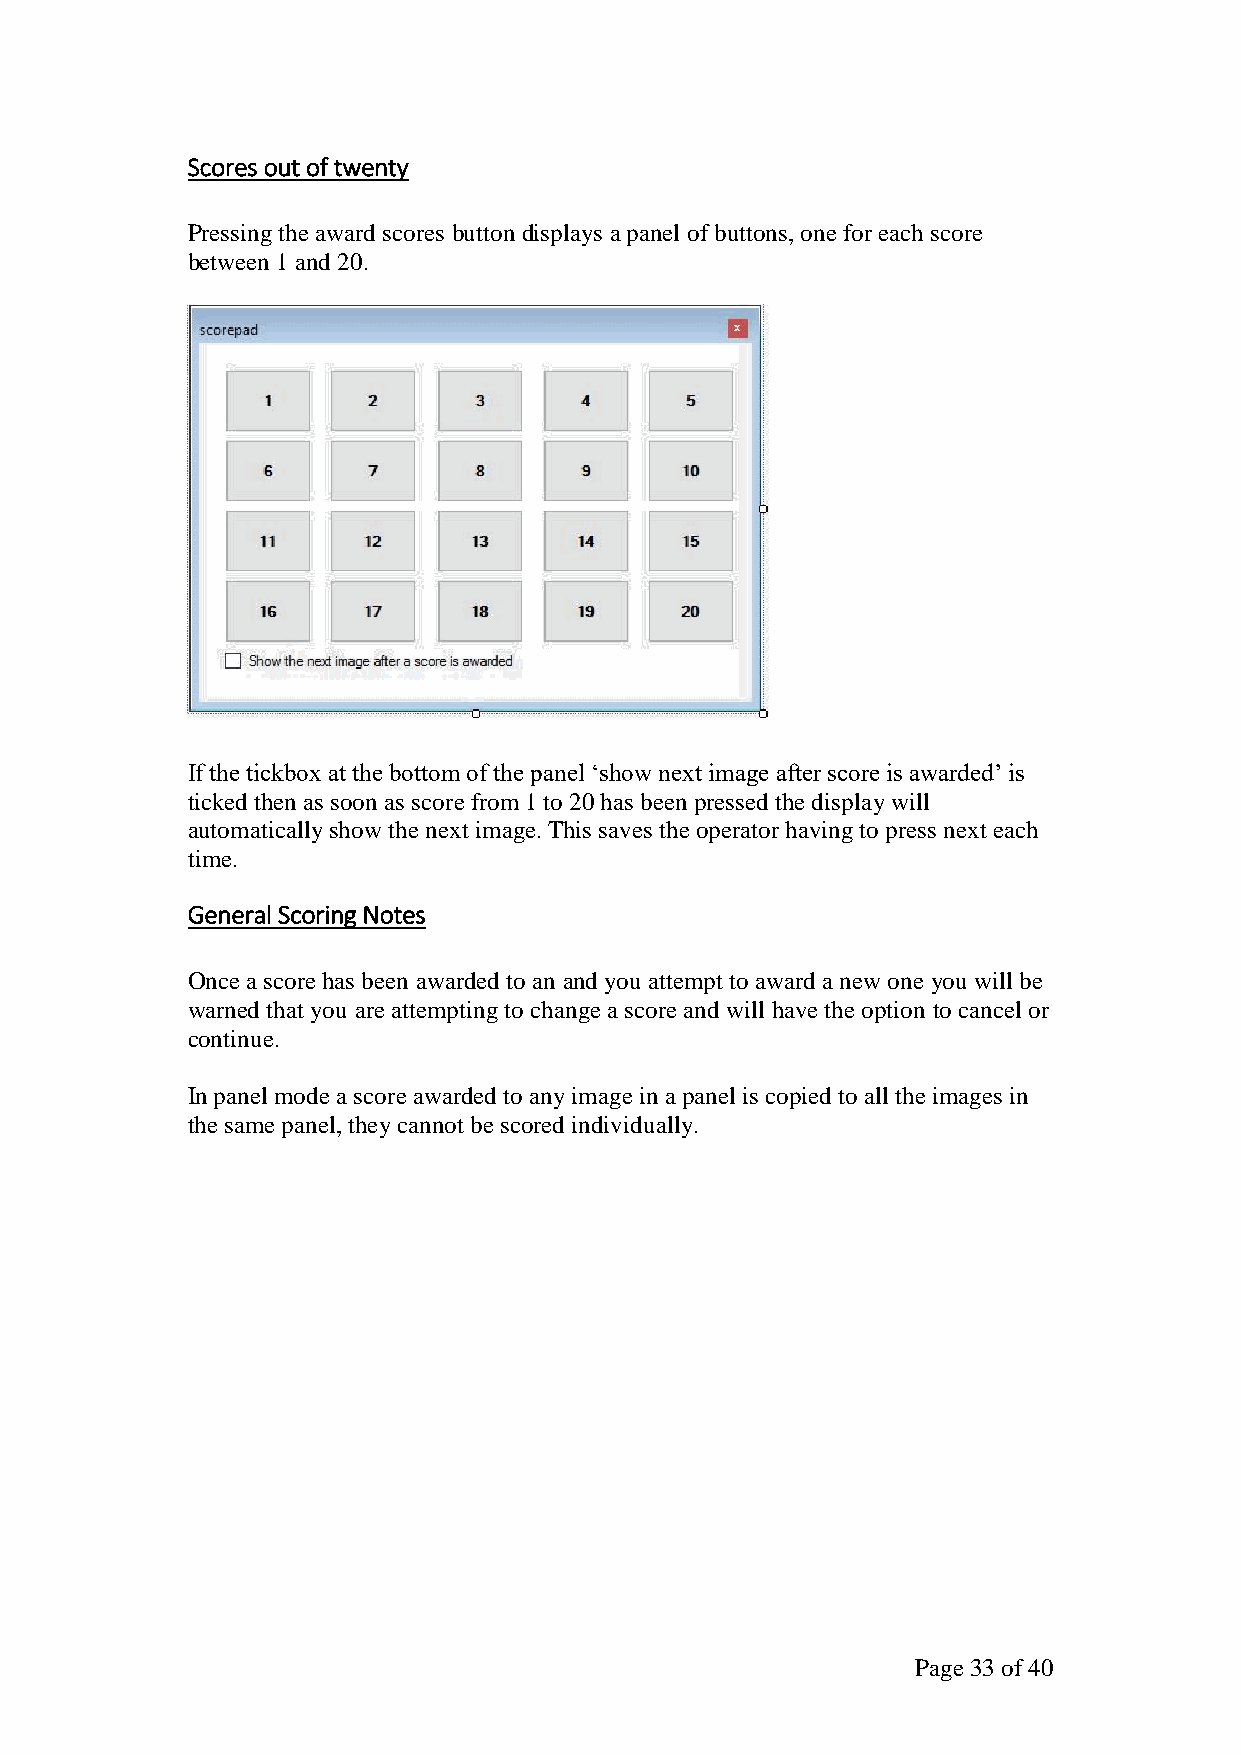
Scores out of twenty
 Pressing the award scores button displays a panel of buttons, one for each score
 between 1 and 20.
 If the tickbox at the bottom of the panel ‘show next image after score is awarded’ is
 ticked then as soon as score from 1 to 20 has been pressed the display will
 automatically show the next image. This saves the operator having to press next each
 time.
 General Scoring Notes
 Once a score has been awarded to an and you attempt to award a new one you will be
 warned that you are attempting to change a score and will have the option to cancel or
 continue.
 In panel mode a score awarded to any image in a panel is copied to all the images in
 the same panel, they cannot be scored individually.
 Page 33 of 40